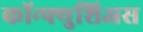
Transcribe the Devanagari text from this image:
कॉन्फ्युशिअस